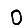
Digit: 0